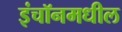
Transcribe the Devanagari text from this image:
इंचॉनमधील